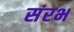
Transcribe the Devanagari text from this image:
संरभ